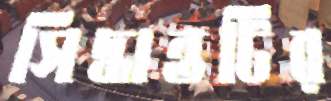
সিদ্ধান্তটির